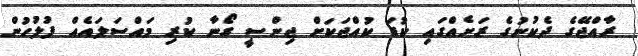
ރާއްޖޭގެ ދެކުނުގެ ރަށެއްގައި ކުޑަ ކުއްޖަކަށް ޖިންސީ ގޯނާ ކުރި މައްސަލައެއް ފުލުހުން